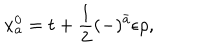
LaTeX: x _ { a } ^ { 0 } = t + \frac { 1 } { 2 } ( - ) ^ { \bar { a } } \epsilon \rho ,